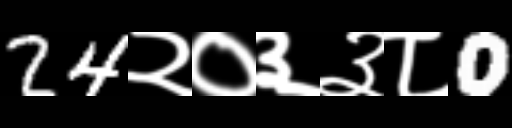
Text: 24२०३३८0